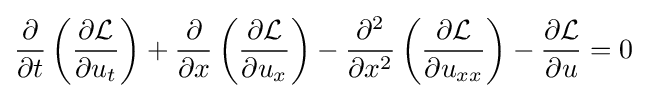
{\frac {\partial }{\partial t}}\left({\frac {\partial {\mathcal {L}}}{\partial u_{t}}}\right)+{\frac {\partial }{\partial x}}\left({\frac {\partial {\mathcal {L}}}{\partial u_{x}}}\right)-{\frac {\partial ^{2}}{\partial x^{2}}}\left({\frac {\partial {\mathcal {L}}}{\partial u_{xx}}}\right)-{\frac {\partial {\mathcal {L}}}{\partial u}}=0